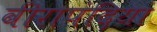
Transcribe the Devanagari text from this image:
वीरापंदिया